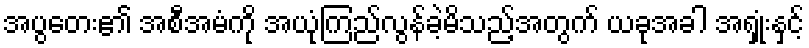
အပွတေး၏ အစီအမံကို အယုံကြည်လွန်ခဲ့မိသည့်အတွက် ယခုအခါ အရှုံးနှင့်